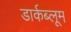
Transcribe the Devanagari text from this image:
डार्कब्लूम